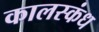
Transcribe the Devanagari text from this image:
कालस्कंध